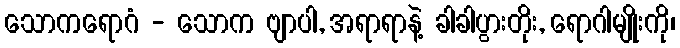
သောကရောဂံ - သောက ဗျာပါ, အရာရာနဲ့ ခါခါပွားတိုး, ရောဂါမျိုးကို၊